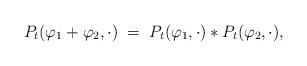
LaTeX: \begin{align*}P_t(\varphi_1+\varphi_2,\cdot)\;=\;P_t(\varphi_1,\cdot)*P_t(\varphi_2,\cdot),\end{align*}